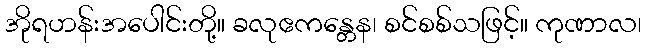
အိုရဟန်းအပေါင်းတို့။ ခလုဧကန္တေန၊ စင်စစ်သဖြင့်။ ကုဏာလ၊